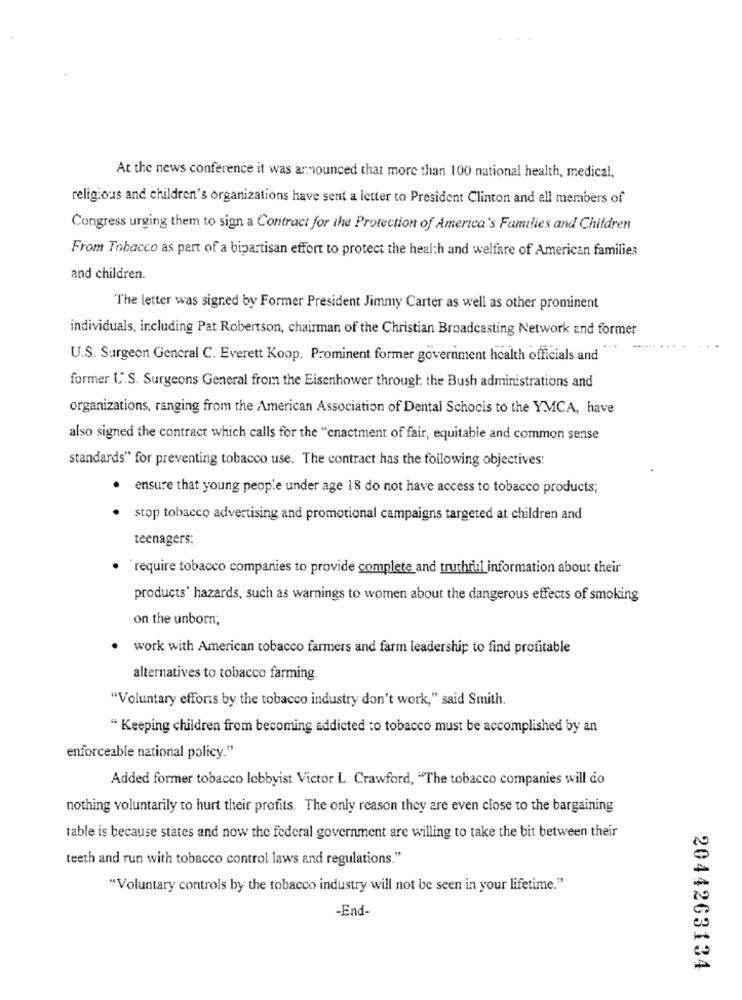
At the news conference it was armnounced that more than 100 national health, medical,
religious and children's organizations have sent a letter to President Clinton and all members of
Congress urging them to sign a Contract for the Protection of America's Families and Children
From Tobacco as part of a bipartisan effort to protect the health and welfare of American families
and children.
The letter was signed by Former President Jimmy Carter as well as other prominent
individuals, including Pat Robertson, chairman of the Christian Broadcasting Network and former
U.S. Surgeon General C. Everett Koop. Prominent former government health officials and
former U.S. Surgeons General from the Eisenhower through the Bush administrations and
organizations, ranging from the American Association of Dental Schocis to the YMCA, have
also signed the contract which calls for the "cnactment of fair, equitable and common sense
standards" for preventing tobacco use. The contract has the following objectives:
· ensure that young people under age 18 do not have access to tobacco products;
stop tobacco advertising and promotional campaigns targeted at children and
teenagers;
· 'require tobacco companies to provide complete and truthtil information about their
products' hazards, such as warnings to women about the dangerous effects of smoking
on the unborn;
· work with American tobacco farmers and farm leadership to find profitable
alternatives to tobacco farming.
"Voluntary efforts by the tobacco industry don't work," said Smith.
" Keeping children from becoming addicted to tobacco must be accomplished by an
enforceable national policy."
Added former tobacco lobbyist Victor L. Crawford, "The tobacco companies will do
nothing voluntarily to hurt their profits. The only reason they are even close to the bargaining
table is because states and now the federal government are willing to take the bit between their
teeth and run with tobacco control laws and regulations."
"Voluntary controls by the tobacco industry will not be seen in your lifetime."
-End-
2044263134